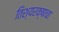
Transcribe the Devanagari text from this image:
तिश्यरक्षाचा